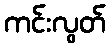
ကင်းလွတ်